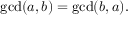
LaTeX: \operatorname* { g c d } ( a , b ) = \operatorname* { g c d } ( b , a ) .